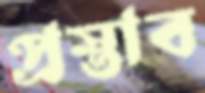
প্রস্তাব